Source: Handwritten
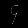
Digit: ၄ (4)